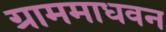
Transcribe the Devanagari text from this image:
ग्राममाधवन